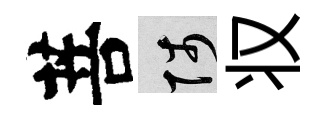
菩陟𠬧